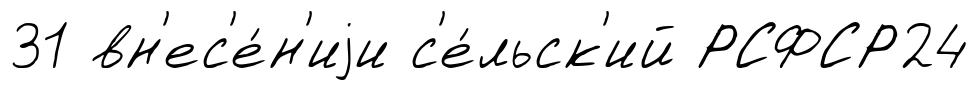
31 вн'ес'е́н'иjи с'е́льск'ий РСФСР24